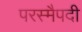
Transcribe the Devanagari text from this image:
परस्मैपदी